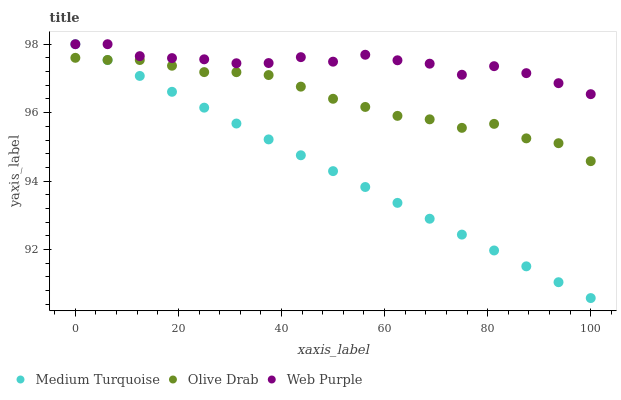
| xaxis_label | Medium Turquoise | Olive Drab | Web Purple |
 | --- | --- | --- | --- |
 | 0 | 98 | 97.6 | 98 |
 | 6.25 | 97.5 | 97.5 | 98 |
 | 12.5 | 97.1 | 97.5 | 97.7 |
 | 18.8 | 96.6 | 97.4 | 97.6 |
 | 25 | 96.1 | 97.2 | 97.6 |
 | 31.2 | 95.7 | 97.2 | 97.4 |
 | 37.5 | 95.2 | 97.1 | 97.4 |
 | 43.8 | 94.8 | 96.8 | 97.6 |
 | 50 | 94.3 | 96.4 | 97.5 |
 | 56.2 | 93.8 | 96.2 | 97.7 |
 | 62.5 | 93.4 | 95.9 | 97.5 |
 | 68.8 | 92.9 | 95.8 | 97.4 |
 | 75 | 92.4 | 95.6 | 97.1 |
 | 81.2 | 92 | 95.7 | 97.4 |
 | 87.5 | 91.5 | 95.2 | 97.2 |
 | 93.8 | 91 | 95.1 | 96.9 |
 | 100 | 90.6 | 94.6 | 96.5 |